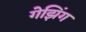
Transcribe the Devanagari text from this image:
गेझिंग